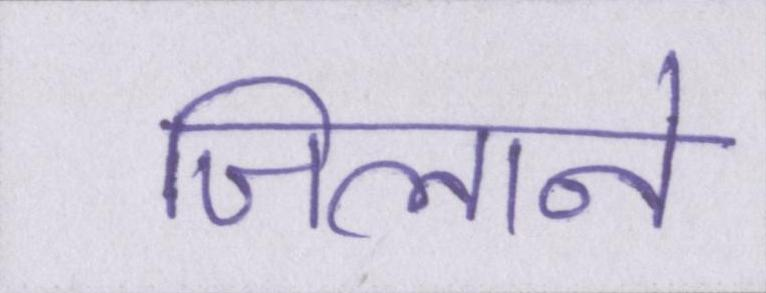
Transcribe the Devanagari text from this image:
जिलाने